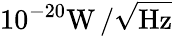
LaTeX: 10^{-20}\mathrm{W\, /\sqrt{Hz}}